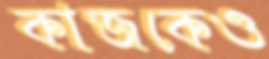
কাজকেও